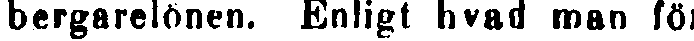
bergarelönen. Enligt hvad man för